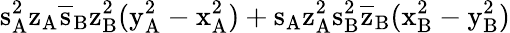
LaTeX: \mathrm{s_{A}^{2}\mathrm{z_{A}\mathrm{\overline{{s}}_{B}\mathrm{z_{B}^{2}(\mathrm{y_{A}^{2}-\mathrm{x_{A}^{2})+\mathrm{s_{A}\mathrm{z_{A}^{2}\mathrm{s_{B}^{2}\mathrm{\overline{{z}}_{B}(\mathrm{x_{B}^{2}-\mathrm{y_{B}^{2})}}}}}}}}}}}}